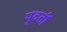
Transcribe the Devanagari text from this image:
युवतीं